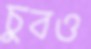
চুবও